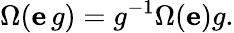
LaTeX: \Omega(\mathbf{e}\, g)=g^{-1}\Omega(\mathbf{e})g.